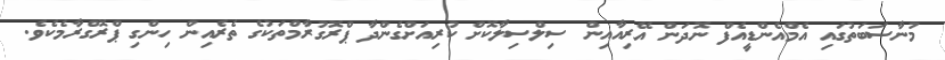
މުނާސަބަތުގައި އެމްއެންޑީއެފް ނޮދަން އޭރިއާއިން ސިލްސިލާކޮށް ކުރިއަށްގެންދާ ޕްރޮގުރާމްތަކުގެ ތެރެއިން ހިންގި ޕްރޮގްރާމެކެވެ.